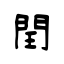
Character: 閏